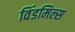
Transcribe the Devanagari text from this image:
विंडमिल्स